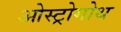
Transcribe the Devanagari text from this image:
ओस्ट्रोगोथ